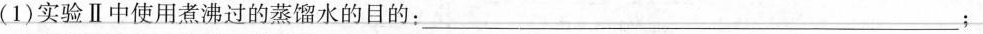
(1)实验Ⅱ中使用煮沸过的蒸馏水的目的：___；